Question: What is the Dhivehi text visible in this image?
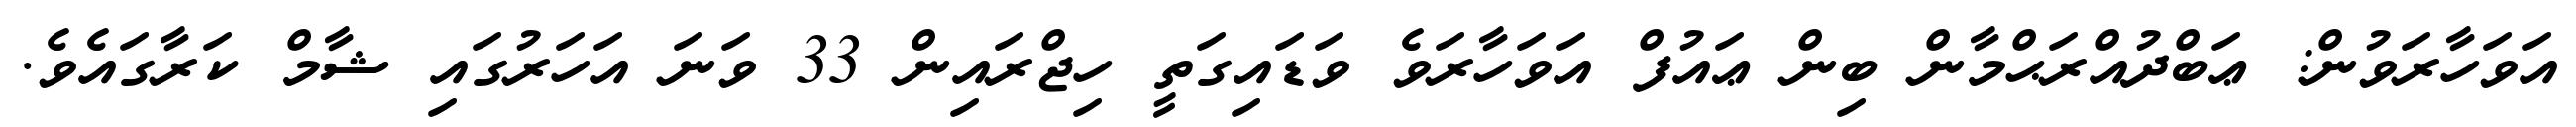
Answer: އަވަހާރަވުން: ޢަބްދުއްރަޙްމާން ބިން ޢައުފް އަވަހާރަވެ ވަޑައިގަތީ ހިޖްރައިން 33 ވަނަ އަހަރުގައި ޝާމް ކަރާގައެވެ.